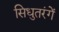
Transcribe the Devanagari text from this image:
सिधुतरंगें